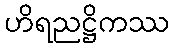
ဟိရညဋ္ဌိကဿ